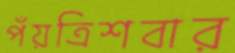
পঁয়ত্রিশবার